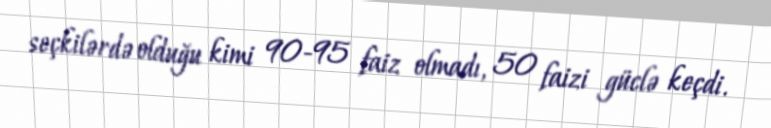
seçkilərdə olduğu kimi 90-95 faiz olmadı, 50 faizi güclə keçdi.